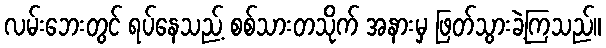
လမ်းဘေးတွင် ရပ်နေသည့် စစ်သားတသိုက် အနားမှ ဖြတ်သွားခဲ့ကြသည်။